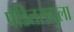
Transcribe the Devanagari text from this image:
पंडितराद्युला